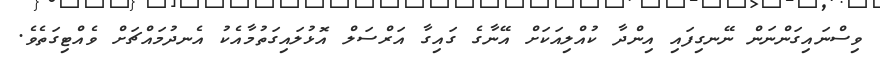
ވިސްނައިގަންނަން ނޭނގިފައި އިންދާ ކުއްލިއަކަށް އޭނާގެ ގައިގާ އަރްސަލް އޮޅުލައިގަތުމާއެކު އެނދުމައްޗަށް ވެއްޓިގަތެވެ.